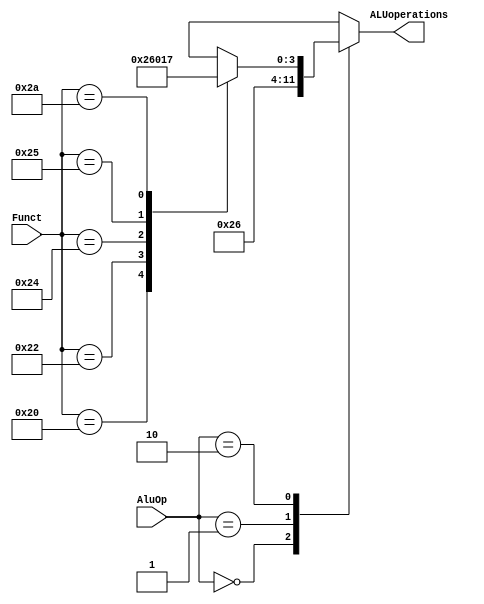
`timescale 1ns/1ps
// see figure 4.12 (page 260)
module ALUcontrol
                (
                    input wire [6-1:0]Funct,
                    input wire [1:0]AluOp,
                    output reg [4-1:0]ALUoperations
                );

always@(*)
    begin
        case(AluOp)
            2'b00: ALUoperations = 4'b0010;
            2'b01: ALUoperations = 4'b0110;
            2'b10:
                begin
                    case(Funct)
                        6'b100000: ALUoperations = 4'b0010;
                        6'b100010: ALUoperations = 4'b0110;
                        6'b100100: ALUoperations = 4'b0000;
                        6'b100101: ALUoperations = 4'b0001;
                        6'b101010: ALUoperations = 4'b0111;
                        default: ALUoperations = 4'hx;
                    endcase
                end
            default: ALUoperations = 4'hx;
        endcase
    end
endmodule